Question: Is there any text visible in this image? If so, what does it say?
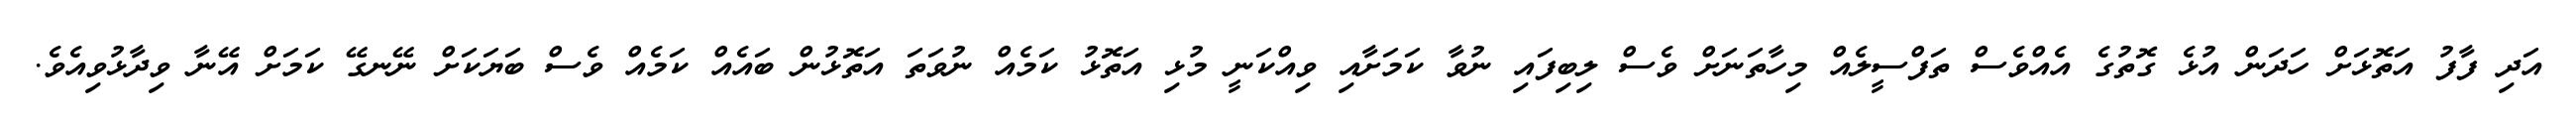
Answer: އަދި ފާފު އަތޮޅަށް ހަދަން އުޅެ ގޮތުގެ އެއްވެސް ތަފްސީލެއް މިހާތަނަށް ވެސް ލިބިފައި ނުވާ ކަމަށާއި ވިއްކަނީ މުޅި އަތޮޅު ކަމެއް ނުވަތަ އަތޮޅުން ބައެއް ކަމެއް ވެސް ބަޔަކަށް ނޭނގޭ ކަމަށް އޭނާ ވިދާޅުވިއެވެ.